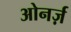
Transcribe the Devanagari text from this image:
ओनर्ज़